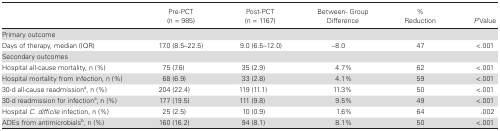
<table><thead><tr><td></td><td><b>Pre-PCT(n = 985)</b></td><td><b>Post-PCT(n = 1167)</b></td><td><b>Between- Group Difference</b></td><td><b>%Reduction</b></td><td><b><i>P</i> Value</b></td></tr></thead><tbody><tr><td>Primary outcome</td><td></td><td></td><td></td><td></td><td></td></tr><tr><td>Days of therapy, median (IQR)</td><td>17.0 (8.5–22.5)</td><td>9.0 (6.5–12.0)</td><td>–8.0</td><td>47</td><td>&lt;.001</td></tr><tr><td>Secondary outcomes</td><td></td><td></td><td></td><td></td><td></td></tr><tr><td>Hospital all-cause mortality, n (%)</td><td>75 (7.6)</td><td>35 (2.9)</td><td>4.7%</td><td>62</td><td>&lt;.001</td></tr><tr><td>Hospital mortality from infection, n (%)</td><td>68 (6.9)</td><td>33 (2.8)</td><td>4.1%</td><td>59</td><td>&lt;.001</td></tr><tr><td>30-d all-cause readmission<sup>a</sup>, n (%)</td><td>204 (22.4)</td><td>119 (11.1)</td><td>11.3%</td><td>50</td><td>&lt;.001</td></tr><tr><td>30-d readmission for infection<sup>a</sup>, n (%)</td><td>177 (19.5)</td><td>111 (9.8)</td><td>9.5%</td><td>49</td><td>&lt;.001</td></tr><tr><td>Hospital <i>C. difficile</i> infection, n (%)</td><td>25 (2.5)</td><td>10 (0.9)</td><td>1.6%</td><td>64</td><td>.002</td></tr><tr><td>ADEs from antimicrobials<sup>b</sup>, n (%)</td><td>160 (16.2)</td><td>94 (8.1)</td><td>8.1%</td><td>50</td><td>&lt;.001</td></tr></tbody></table>